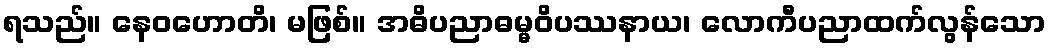
ရသည်။ နေဝဟောတိ၊ မဖြစ်။ အဓိပညာဓမ္မဝိပဿနာယ၊ လောကီပညာထက်လွန်သော